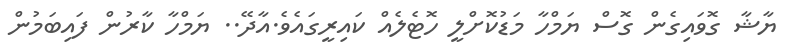
ޔާޝާ ގޮވައިގެން ގޮސް ޔަމްހާ މަޑުކޮށްލީ ހޮޓެލެއް ކައިރީގައެވެ.އާދޭ.. ޔަމްހާ ކާރުން ފައިބަމުން